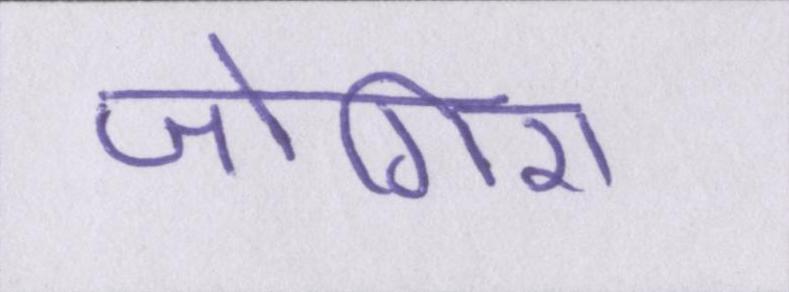
जोगिरा